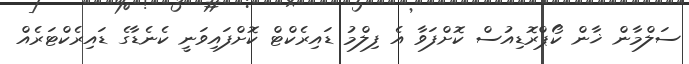
ސަލްމާން ޚާން ކޯޕްރޮޑިއުސް ކޮށްފަވާ އެ ފިލްމު ޑައިރެކްޓް ކޮށްފައިވަނީ ކެނެޑާގެ ޑައިރެކްޓަރެއް